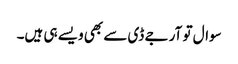
سوال تو آر جے ڈی سے بھی ویسے ہی ہیں۔